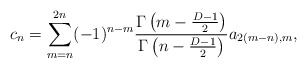
\begin{align*}c_n =\sum_{m=n}^{2n}(-1)^{n-m}{\Gamma\left(m-{D-1 \over 2} \right)\over \Gamma\left(n-{D-1 \over 2}\right)} a_{2(m-n),m},\end{align*}